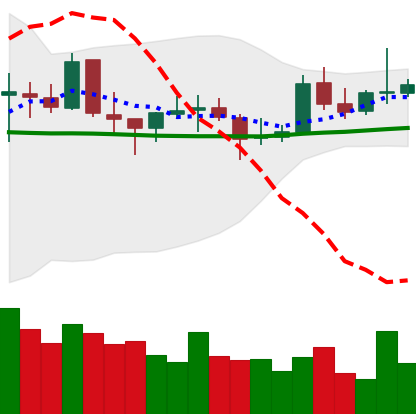
Ticker: EOS-USD
Chart end date: 2021-10-25
Forward return: -6.957%
Label: down_5_7